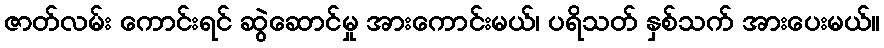
ဇာတ်လမ်း ကောင်းရင် ဆွဲဆောင်မှု အားကောင်းမယ်၊ ပရိသတ် နှစ်သက် အားပေးမယ်။